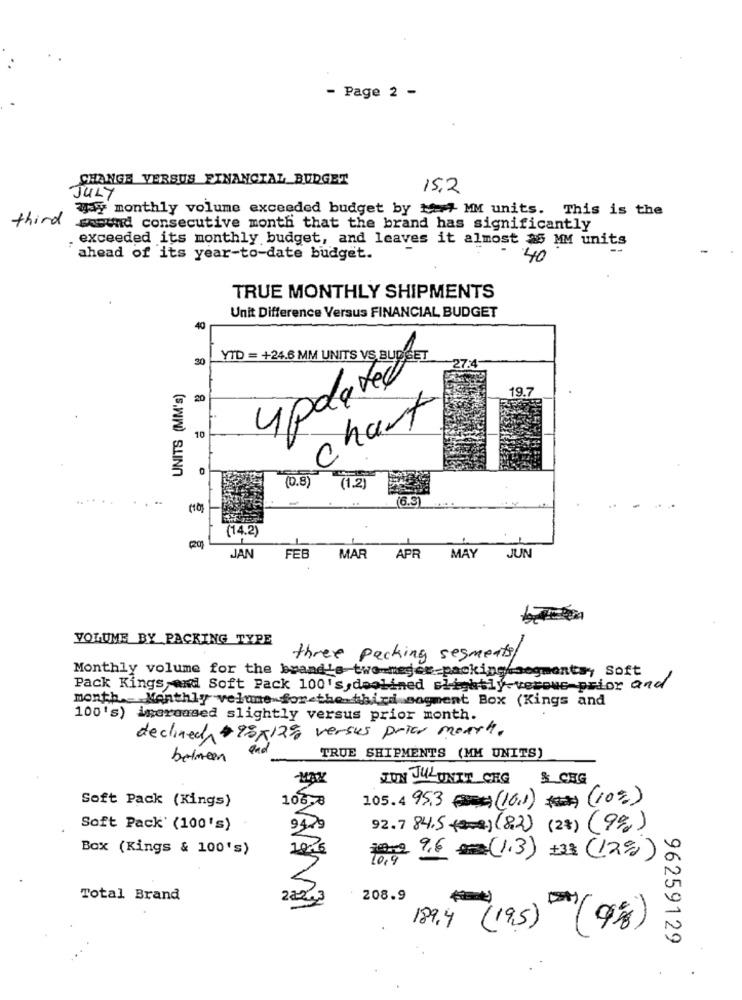
- Page 2 -
CHANGE VERSUS FINANCIAL BUDGET
15,2
JULY
wysy monthly volume exceeded budget by 17 MM units. This is the
third
masund consecutive month that the brand has significantly
. exceeded its monthly budget, and leaves it almost as MM units
ahead of its year-to-date budget.
40
TRUE MONTHLY SHIPMENTS
Unit Difference Versus FINANCIAL BUDGET
40
YID = +24.6 MM UNITS VS BUDGET
30
UNITS (MM's)
updated
19.7
20
chart
10
(0.8)
(1.2)
.....
(6.3)
(14.2)
JUN
JAN
FEB
MAR APR
MAY
VOLUME BY PACKING TYPE
three packing segments
Monthly volume for the brand's two-mejer packing/segmentsy Soft
Pack Kings and Soft Pack 100's, deolined slightly-verous prior and
month Monthly velume for the third segment Box (Kings and
100's) increased slightly versus prior month.
declined 98×12% versus price month.
and
between
TRUE SHIPMENTS (MM UNITS)
MAX
JON JULUNIT_ORG
& CRG
106,6
105.4 95.3 (16.1) (10%)
Soft Pack (Kings)
Soft Pack' (100's)
9429
92.7 84.5(82) (2%) (9%)
Box (Kings & 100's)
19. 6
100 9,6 (1.3) +33 (12%)
Total Brand
208.9
189.4
(195) (9%)
96259129